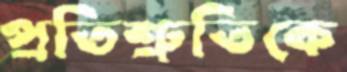
প্রতিশ্রুতিকে